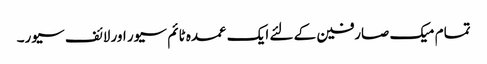
تمام میک صارفین کے لئے ایک عمدہ ٹائم سیور اور لائف سیور۔